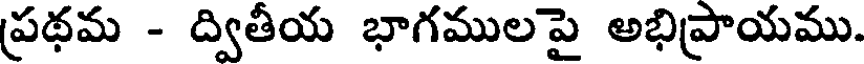
ప్రథమ - ద్వితీయ భాగములపై అభిప్రాయము.